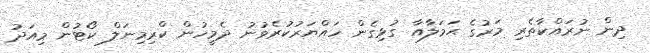
ދިން ނުރައްކާތެރި މަރުގެ ޙަމަލާއާ ގުޅިގެން ހައްޔަރުކުރެވުނު ދެމީހުން ކްރިމިނަލް ކޯޓުން މިއަދު